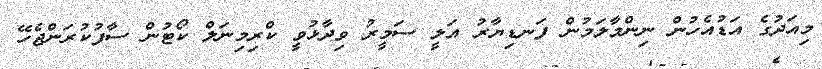
މިއަދުގެ އަޑުއެހުން ނިންމާލަމުން ފަނޑިޔާރު އަލީ ސަމީރު ވިދާޅުވީ ކްރިމިނަލް ކޯޓުން ސާފުކުރަންޖެހޭ